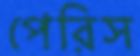
পেরিস